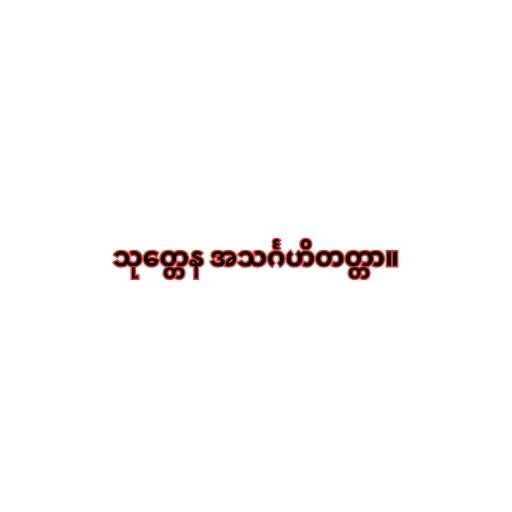
သုတ္တေန အသင်္ဂဟိတတ္တာ။